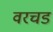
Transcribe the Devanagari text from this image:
वरचड